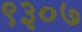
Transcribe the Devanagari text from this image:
९३०७